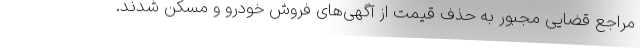
مراجع قضایی مجبور به حذف قیمت از آگهی‌های فروش خودرو و مسکن شدند.